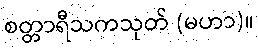
စတ္တာရီသကသုတ် (မဟာ)။